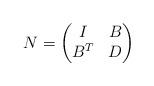
LaTeX: \begin{align*} N=\begin{pmatrix} I & B \\ B^T & D \end{pmatrix}\end{align*}